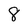
Character: 8